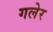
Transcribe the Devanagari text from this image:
गलेर